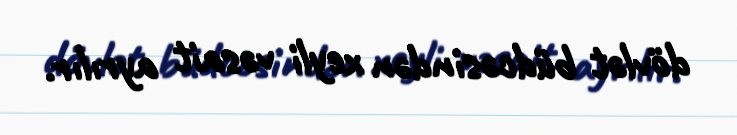
dövlət büdcəsindən xeyli vəsait ayrılır.